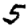
Digit: 5